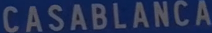
CASABLANCA